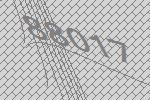
88017